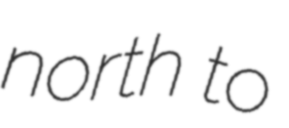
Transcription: north to